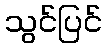
သွင်ပြင်